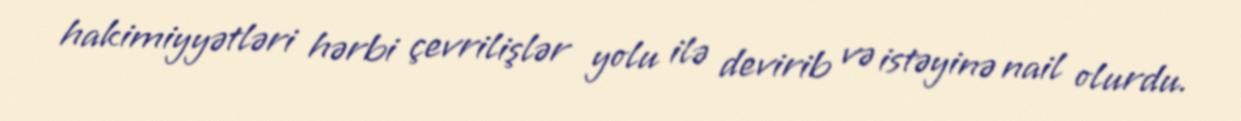
hakimiyyətləri hərbi çevrilişlər yolu ilə devirib və istəyinə nail olurdu.